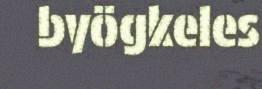
byögkeles